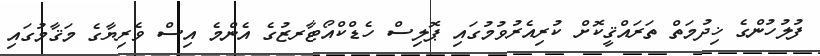
ފުލުހުންގެ ޚިދުމަތް ތަރައްޤީކޮށް ކުރިއެރުވުމުގައި ޕޮލިސް ހެޑްކްއޯޓާރޒުގެ އެންމެ އިސް ވެރިޔާގެ މަޤާމުގައި